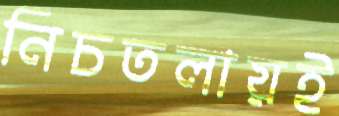
নিচতলায়ই